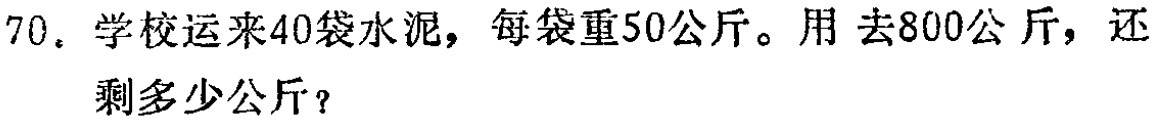
70. 学校运来40袋水泥，每袋重50公斤。用 去800公斤，还剩多少公斤？